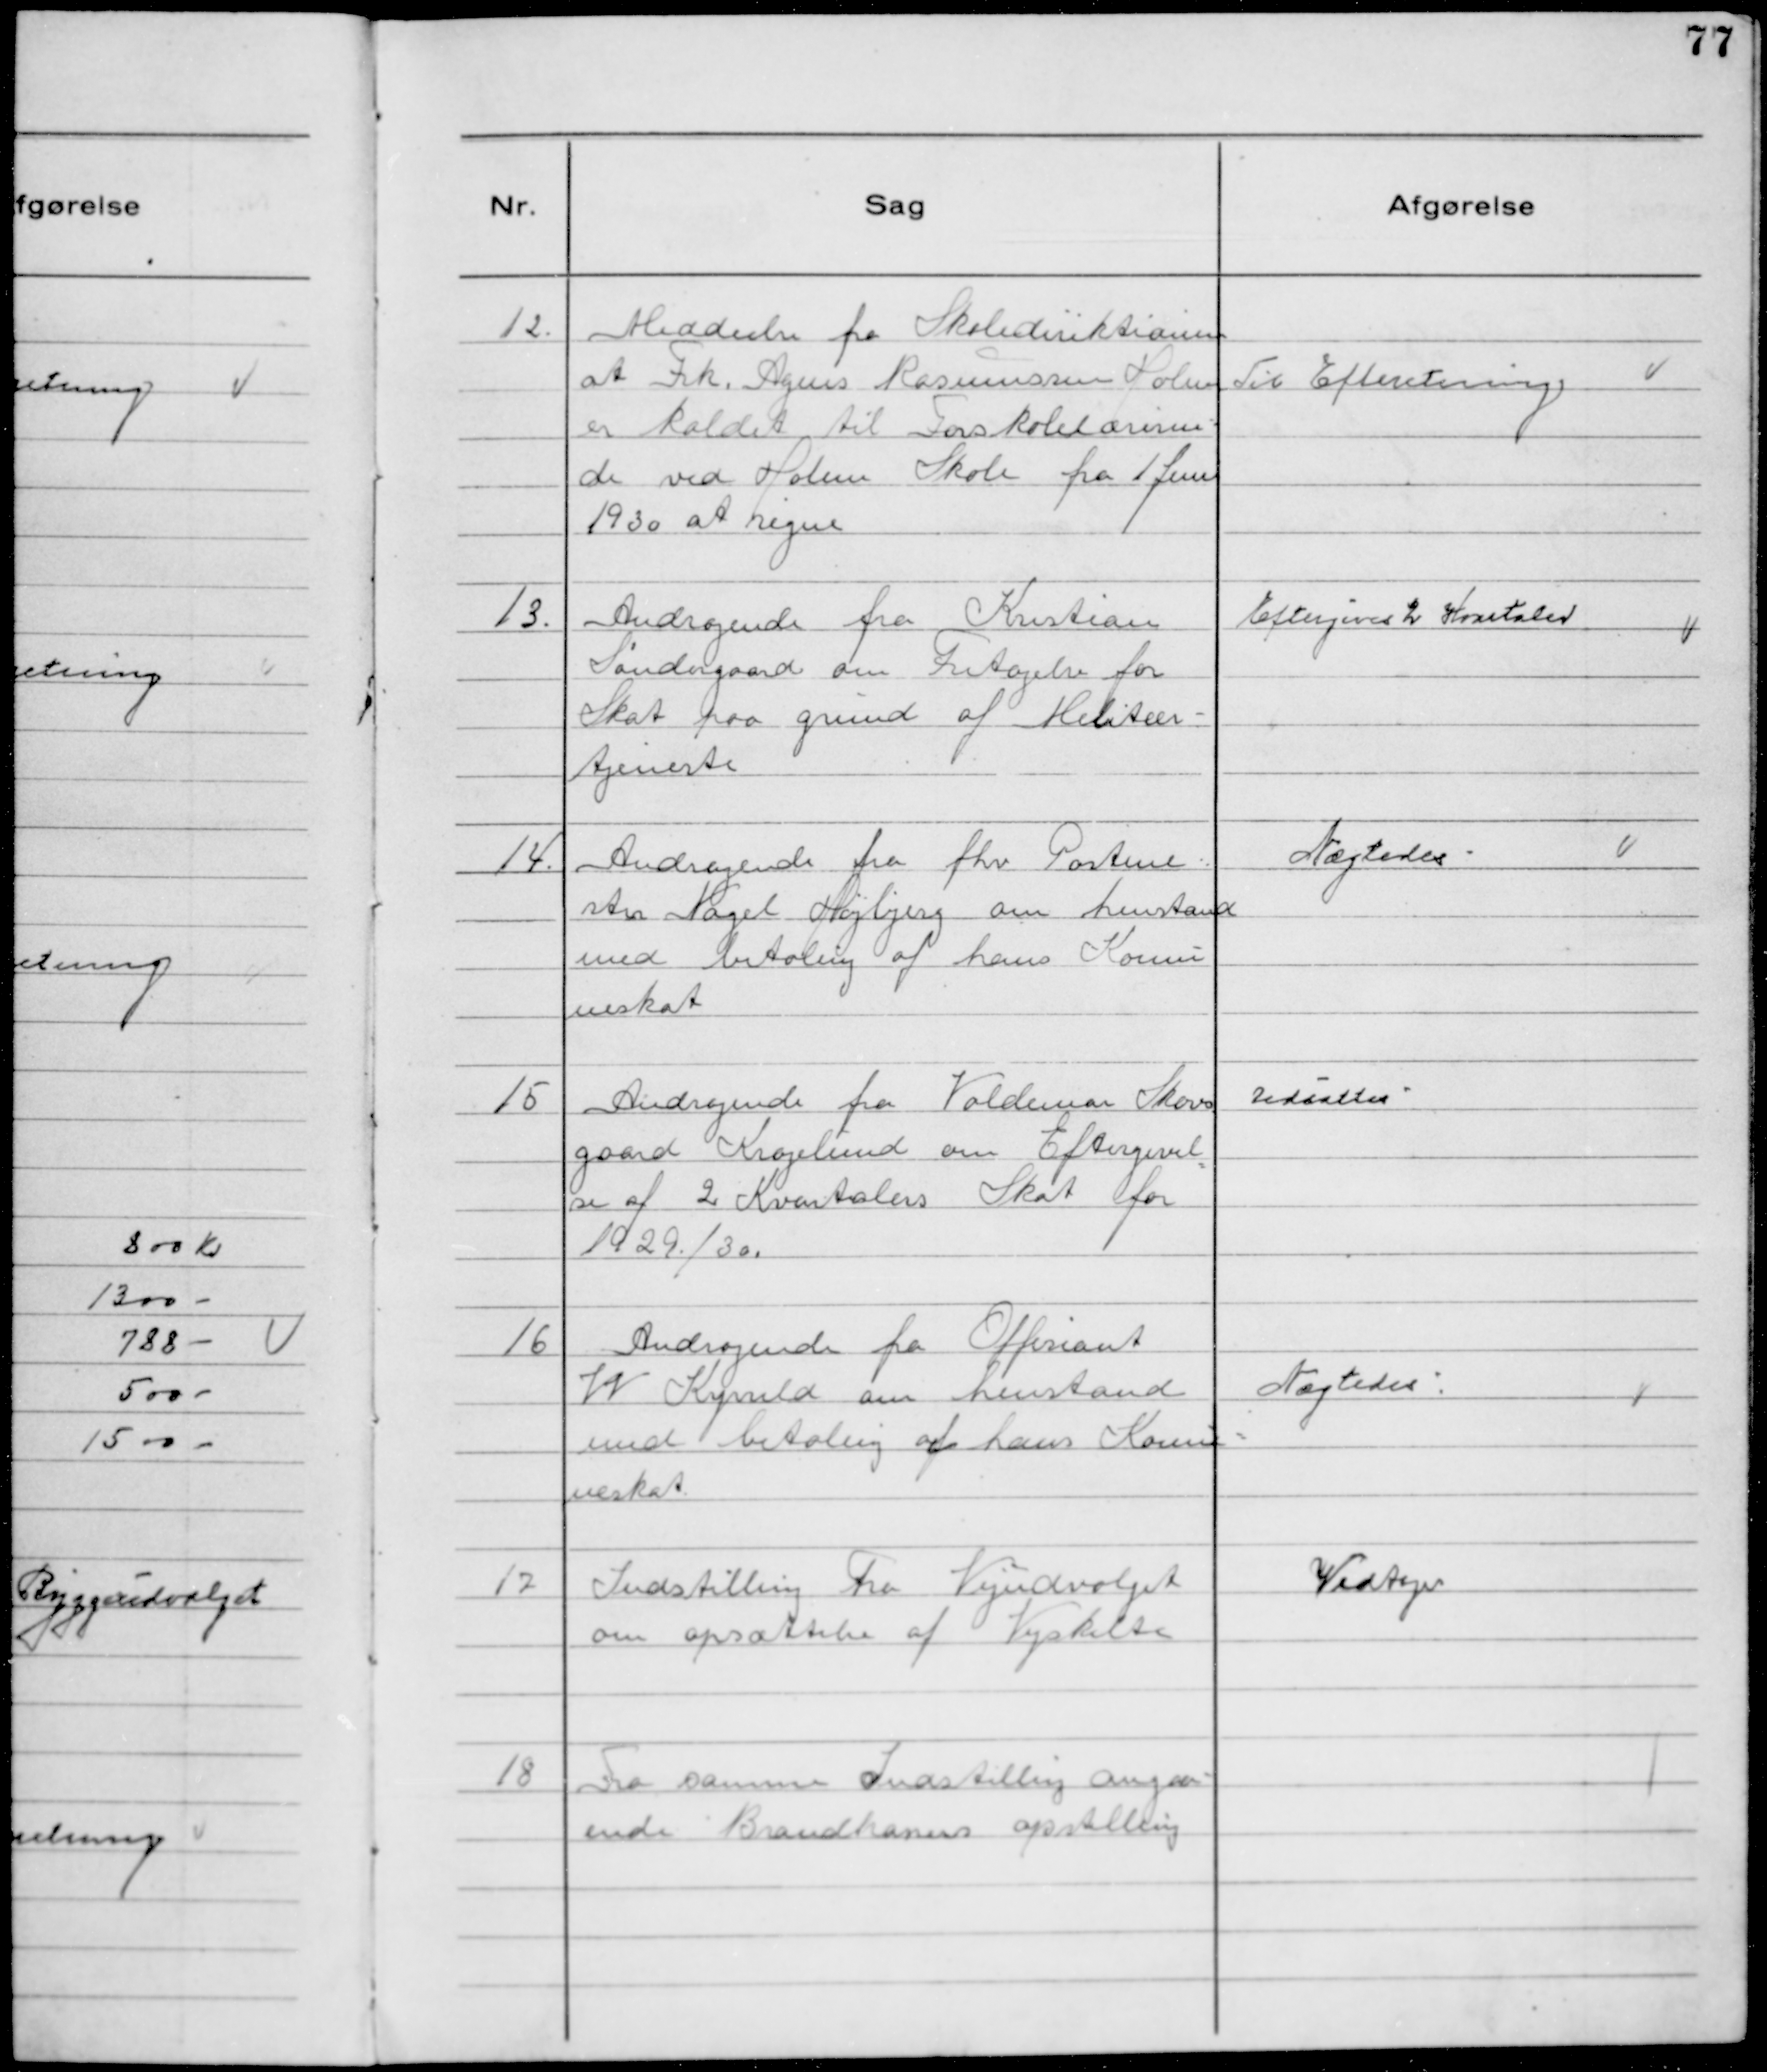
Transskription:
12. Meddeelse fra Skoledirektionen
at Frk. Agnes Rasmussen Holme
er kaldet til Forskolelærerin-
de ved Holme Skole fra 1 Juni
1930 at regne

Til Efteretning

13. Andragende fra Kristian
Søndergaard om Fritagelse for
Skat paa grund af Militær-
tjeneste

Eftergives 2 Kvartaler

14. Andragende fra fhv Postme-
ster Nagel Højbjerg om henstand
med betaling af hans Kommu
neskat

Nægtedes

15 Andragende fra Valdemar Skovs
gaard Kragelund om Eftergivel
se af 2 Kvartalers Skat for
1929/30.

Udsattes

16 Andragende fra Offisiant
W Kyrrild om henstand
med betaling af hans Kommu-
neskat

Nægtedes

17 Indstilling Fra Vejudvalget
om opsættelse af Vejskilte

Vedtoges

18 Fra samme Indstilling angaa-
ende Brandhaners opstilling